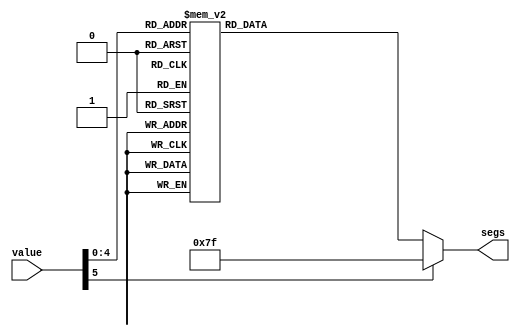
/*
   This file was generated automatically by the Mojo IDE version B1.3.6.
   Do not edit this file directly. Instead edit the original Lucid source.
   This is a temporary file and any changes made to it will be destroyed.
*/

module digit_lut_37 (
    input [5:0] value,
    output reg [7:0] segs
  );
  
  
  
  always @* begin
    
    case (value)
      1'h0: begin
        segs = 7'h40;
      end
      1'h1: begin
        segs = 7'h79;
      end
      2'h2: begin
        segs = 7'h24;
      end
      2'h3: begin
        segs = 7'h30;
      end
      3'h4: begin
        segs = 7'h19;
      end
      3'h5: begin
        segs = 7'h12;
      end
      3'h6: begin
        segs = 7'h02;
      end
      3'h7: begin
        segs = 7'h78;
      end
      4'h8: begin
        segs = 7'h00;
      end
      4'h9: begin
        segs = 7'h18;
      end
      4'ha: begin
        segs = 7'h7f;
      end
      4'hf: begin
        segs = 7'h08;
      end
      4'hb: begin
        segs = 7'h47;
      end
      4'hd: begin
        segs = 7'h0c;
      end
      4'hc: begin
        segs = 7'h11;
      end
      5'h10: begin
        segs = 7'h21;
      end
      5'h11: begin
        segs = 7'h06;
      end
      default: begin
        segs = 7'h7f;
      end
    endcase
  end
endmodule